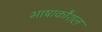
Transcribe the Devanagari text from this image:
भाषाकौशल